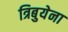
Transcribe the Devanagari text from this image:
त्रिबुयेना